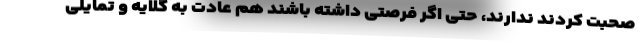
صحبت کردند ندارند، حتی اگر فرصتی داشته باشند هم عادت به گلایه و تمایلی